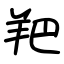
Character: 羓